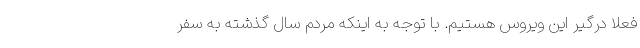
فعلا درگیر این ویروس هستیم. با توجه به اینکه مردم سال گذشته به سفر